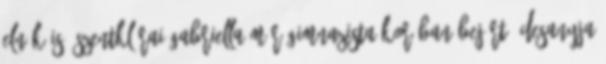
elnök is. Szentklárai Gabriella már gimnazista korában bejárt édesanyja